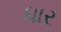
ધાર